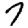
Digit: 7